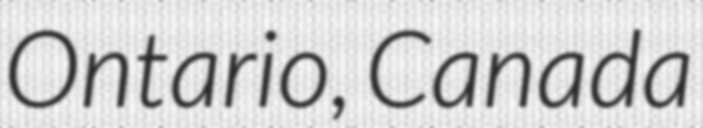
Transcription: Ontario, Canada